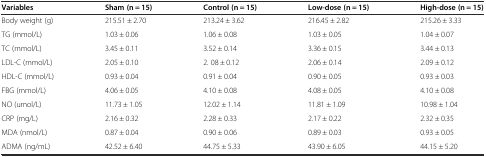
<table><thead><tr><td><b>Variables</b></td><td><b>Sham (n = 15)</b></td><td><b>Control (n = 15)</b></td><td><b>Low-dose (n = 15)</b></td><td><b>High-dose (n = 15)</b></td></tr></thead><tbody><tr><td>Body weight (g)</td><td>215.51 ± 2.70</td><td>213.24 ± 3.62</td><td>216.45 ± 2.82</td><td>215.26 ± 3.33</td></tr><tr><td>TG (mmol/L)</td><td>1.03 ± 0.06</td><td>1.06 ± 0.08</td><td>1.03 ± 0.05</td><td>1.04 ± 0.07</td></tr><tr><td>TC (mmol/L)</td><td>3.45 ± 0.11</td><td>3.52 ± 0.14</td><td>3.36 ± 0.15</td><td>3.44 ± 0.13</td></tr><tr><td>LDL-C (mmol/L)</td><td>2.05 ± 0.10</td><td>2. 08 ± 0.12</td><td>2.06 ± 0.14</td><td>2.09 ± 0.12</td></tr><tr><td>HDL-C (mmol/L)</td><td>0.93 ± 0.04</td><td>0.91 ± 0.04</td><td>0.90 ± 0.05</td><td>0.93 ± 0.03</td></tr><tr><td>FBG (mmol/L)</td><td>4.06 ± 0.05</td><td>4.10 ± 0.08</td><td>4.08 ± 0.05</td><td>4.10 ± 0.08</td></tr><tr><td>NO (umol/L)</td><td>11.73 ± 1.05</td><td>12.02 ± 1.14</td><td>11.81 ± 1.09</td><td>10.98 ± 1.04</td></tr><tr><td>CRP (mg/L)</td><td>2.16 ± 0.32</td><td>2.28 ± 0.33</td><td>2.17 ± 0.22</td><td>2.32 ± 0.35</td></tr><tr><td>MDA (nmol/L)</td><td>0.87 ± 0.04</td><td>0.90 ± 0.06</td><td>0.89 ± 0.03</td><td>0.93 ± 0.05</td></tr><tr><td>ADMA (ng/mL)</td><td>42.52 ± 6.40</td><td>44.75 ± 5.33</td><td>43.90 ± 6.05</td><td>44.15 ± 5.20</td></tr></tbody></table>